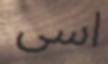
اسى